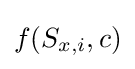
f(S_{x,i},c)